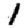
Digit: 1